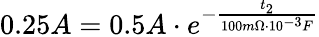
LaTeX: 0.25A=0.5A\cdot e^{-\frac{t_{2}}{100m\Omega\cdot 10^{-3}F}}